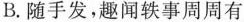
B.随手发，趣闻轶事周周有